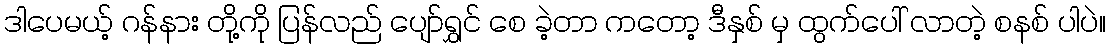
ဒါပေမယ့် ဂန်နား တို့ကို ပြန်လည် ပျော်ရွှင် စေ ခဲ့တာ ကတော့ ဒီနှစ် မှ ထွက်ပေါ် လာတဲ့ စနစ် ပါပဲ။